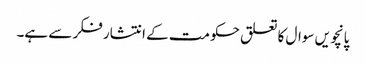
پانچویں سوال کا تعلق حکومت کے انتشار فکر سے ہے۔